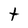
Character: t